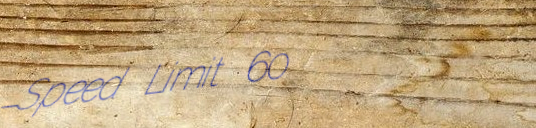
Speed Limit 60